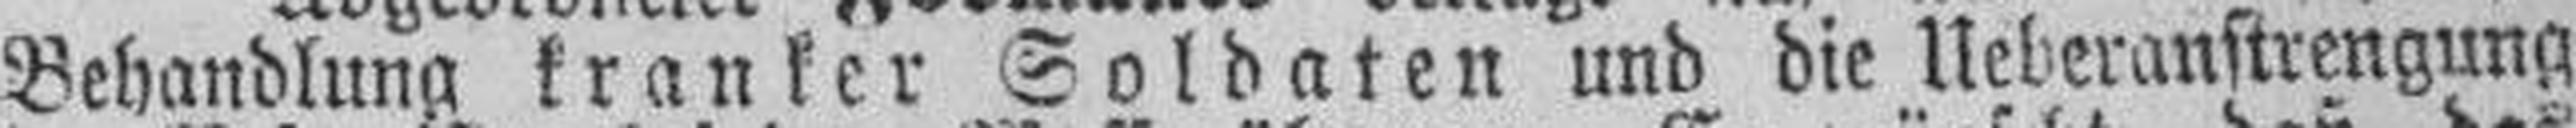
Behandlung kranker Soldaten und die Ueberanstrengung